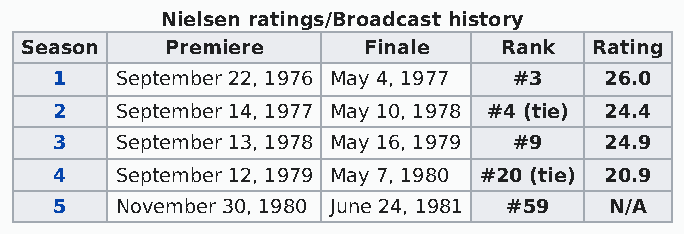
Nielsen ratings/Broadcast history
 Season    Premiere     Finale   Rank  Rating
 1   September 22, 1976 May 4, 1977 #3 26.0
 2   September 14, 1977 May 10, 1978 #4 (tie) 24.4
 3   September 13, 1978 May 16, 1979 #9 24.9
 4   September 12, 1979 May 7, 1980 #20 (tie) 20.9
 5   November 30, 1980 June 24, 1981 #59 N/A